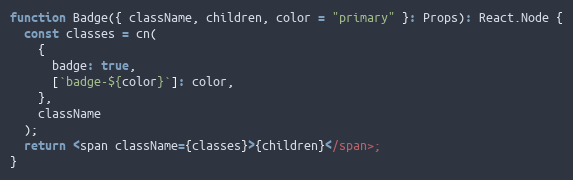
Language: JavaScript
function Badge({ className, children, color = "primary" }: Props): React.Node {
  const classes = cn(
    {
      badge: true,
      [`badge-${color}`]: color,
    },
    className
  );
  return <span className={classes}>{children}</span>;
}